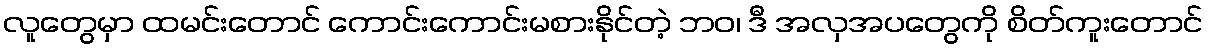
လူတွေမှာ ထမင်းတောင် ကောင်းကောင်းမစားနိုင်တဲ့ ဘဝ၊ ဒီ အလှအပတွေကို စိတ်ကူးတောင်